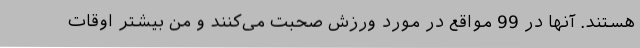
هستند. آنها در 99 مواقع در مورد ورزش صحبت می‌کنند و من بیشتر اوقات